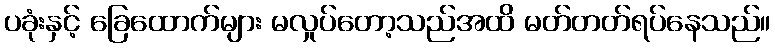
ပခုံးနှင့် ခြေထောက်များ မလှုပ်တော့သည်အထိ မတ်တတ်ရပ်နေသည်။